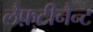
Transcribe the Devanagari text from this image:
लैफ़्टीनैन्ट